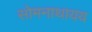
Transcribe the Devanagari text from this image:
सोमनाथायय